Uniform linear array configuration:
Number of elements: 8
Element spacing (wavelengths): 0.75
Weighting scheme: hamming
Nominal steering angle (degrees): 15
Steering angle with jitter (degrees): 15.594
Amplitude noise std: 0.05
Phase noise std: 0.05

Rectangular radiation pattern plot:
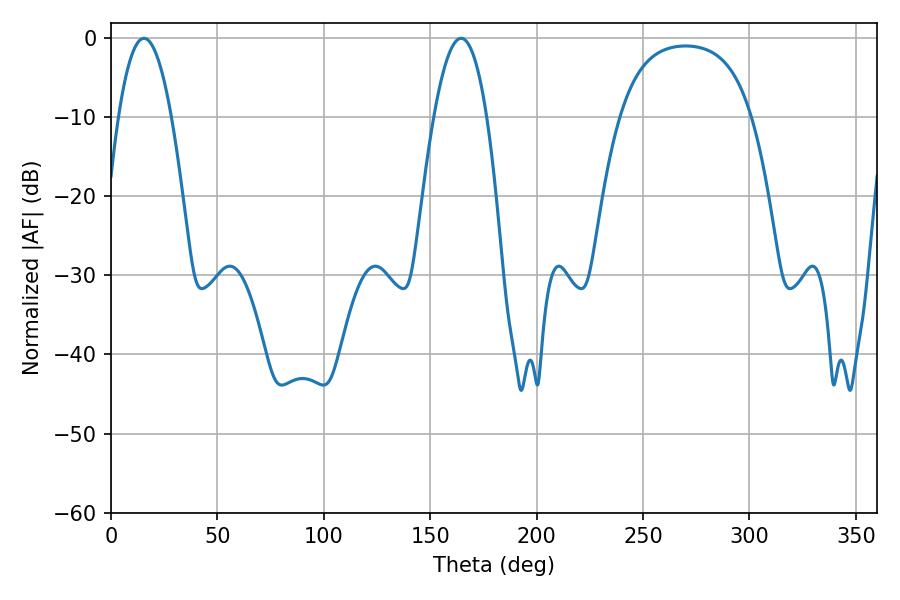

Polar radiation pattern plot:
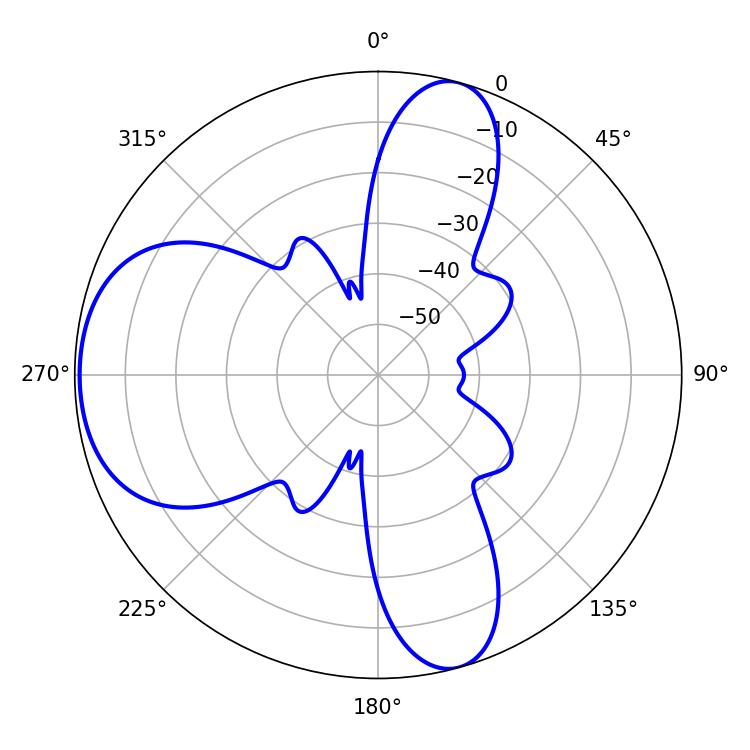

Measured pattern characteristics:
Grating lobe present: TRUE
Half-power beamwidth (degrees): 13.68
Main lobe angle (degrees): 15.48